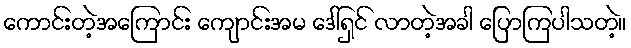
ကောင်းတဲ့အကြောင်း ကျောင်းအမ ဒေါ်ရှင် လာတဲ့အခါ ပြောကြပါသတဲ့။